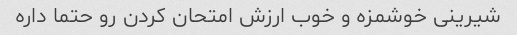
شیرینی خوشمزه و خوب ارزش امتحان کردن رو حتما داره